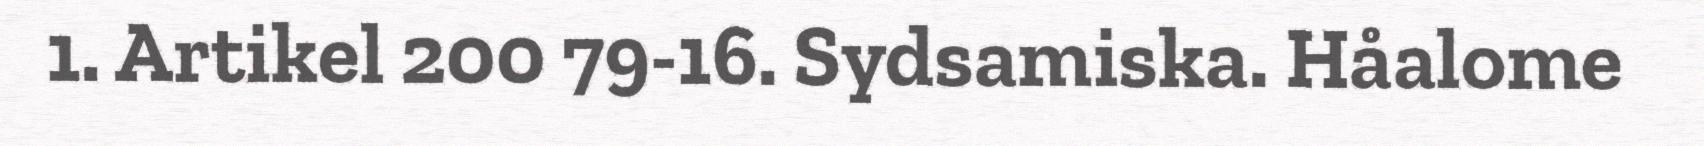
1. Artikel 200 79-16. Sydsamiska. Håalome